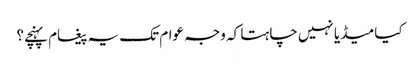
کیا میڈیا نہیں چاہتا کہ وجہ عوام تک یہ پیغام پہنچے؟